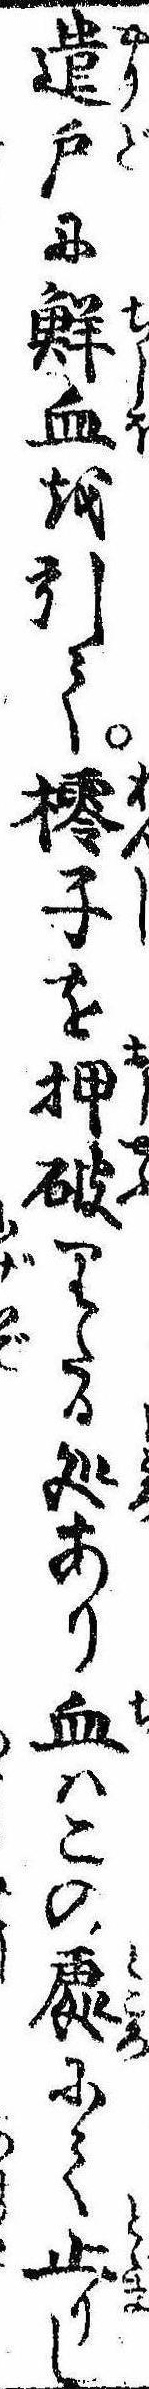
遣戸に鮮血を引て子を押破りたる処あり血はこの処にて止りし